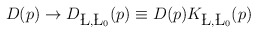
\begin{align*}D(p)\rightarrow D_{\L, \L_0}(p) \equiv D(p) K_{\L, \L_0}(p)\end{align*}